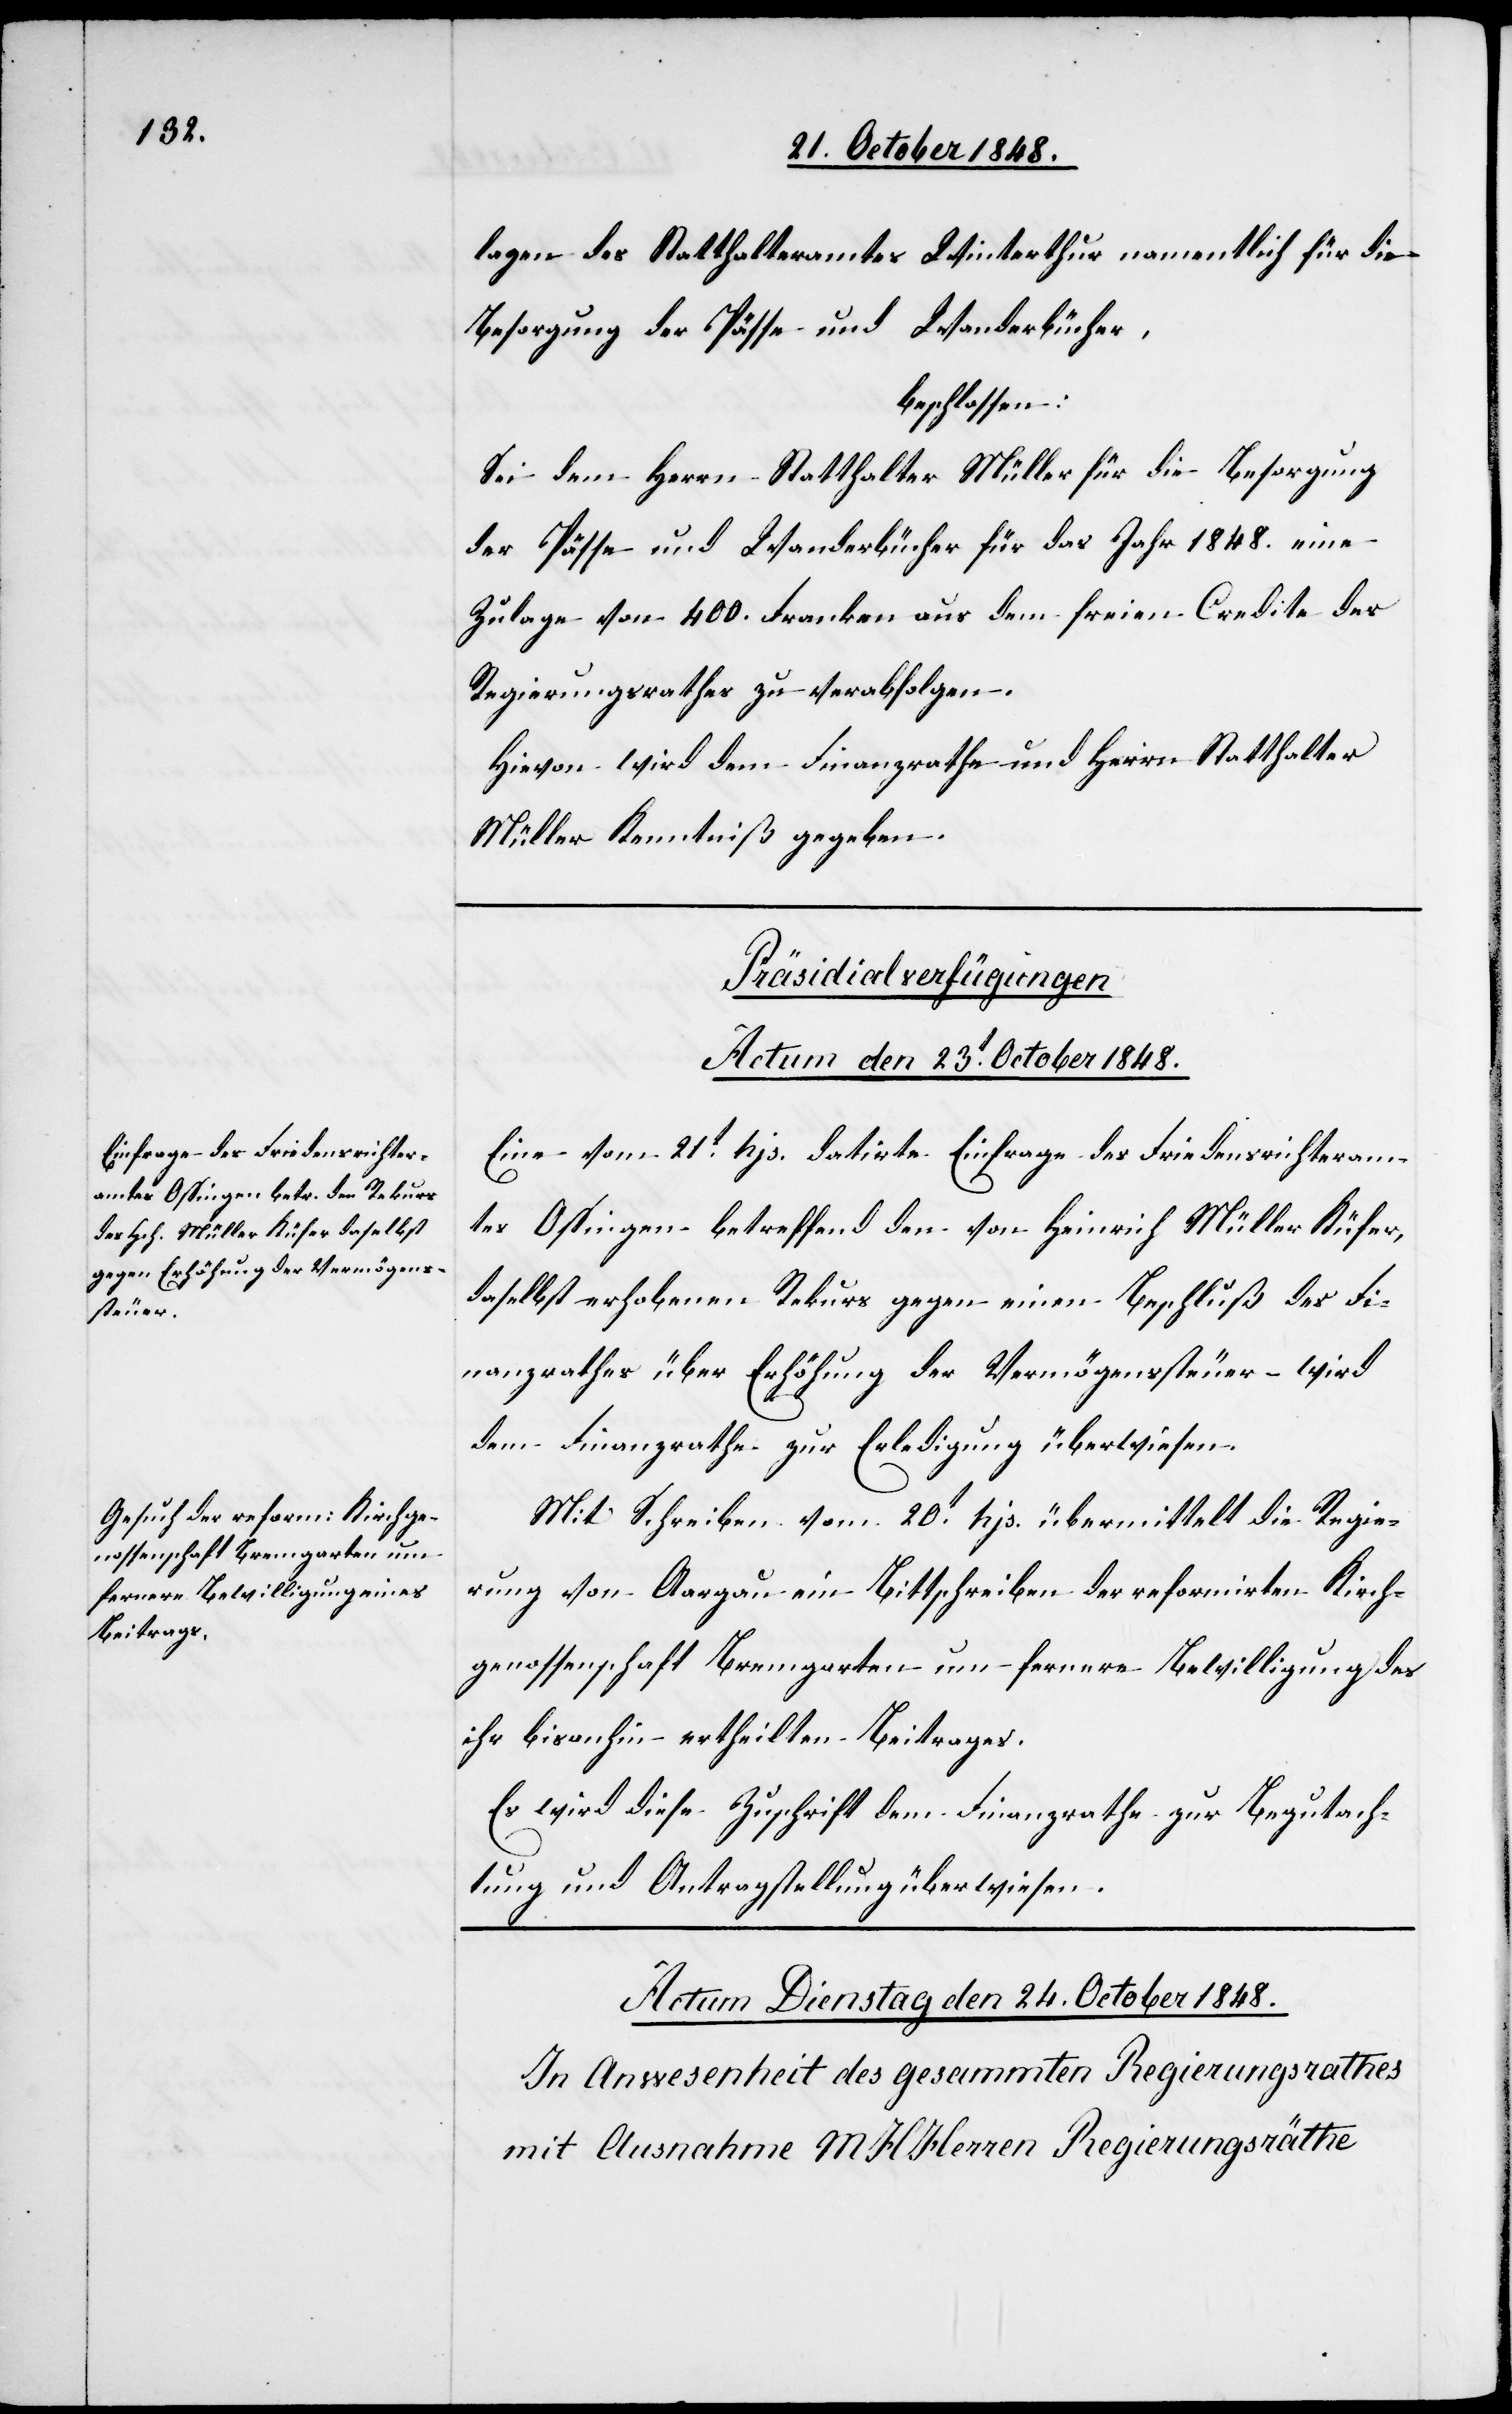
lagen das Statthalteramtes Winterthur namentlich für die
Besorgung der Pässe und Wanderbücher,
beschlossen:
Sei dem Herrn Statthalter Müller für die Besorgung
der Pässe und Wanderbücher für das Jahr 1848. eine
Zulage von 400. Franken aus dem freien Credite des
Regierungsrathes zu verabfolgen.
Hievon wird dem Finanzrathe und Herrn Statthalter
Müller Kenntniß gegeben.
[Präsidialverfügungen.
Actum den 23t October 1848.]
Eine vom 21t hjs. datirte Einfrage des Friedensrichteram¬
tes Oßingen betreffend den von Heinrich Müller Küfer,
daselbst erhobenen Rekurs gegen einen Beschluß des Fi¬
nanzrathes über Erhöhung der Vermögenssteuer – wird
dem Finanzrathe zur Erledigung überwiesen.
Mit Schreiben vom 20t hjs. übermittelt die Regie¬
rung von Aargau ein Bittschreiben der reformirten Kirch¬
genossenschaft Bremgarten um fernere Bewilligung des
ihr bisanhin ertheilten Beitrages.
Es wird diese Zuschrift dem Finanzrathe zur Begutach¬
tung und Antragstellung überwiesen.